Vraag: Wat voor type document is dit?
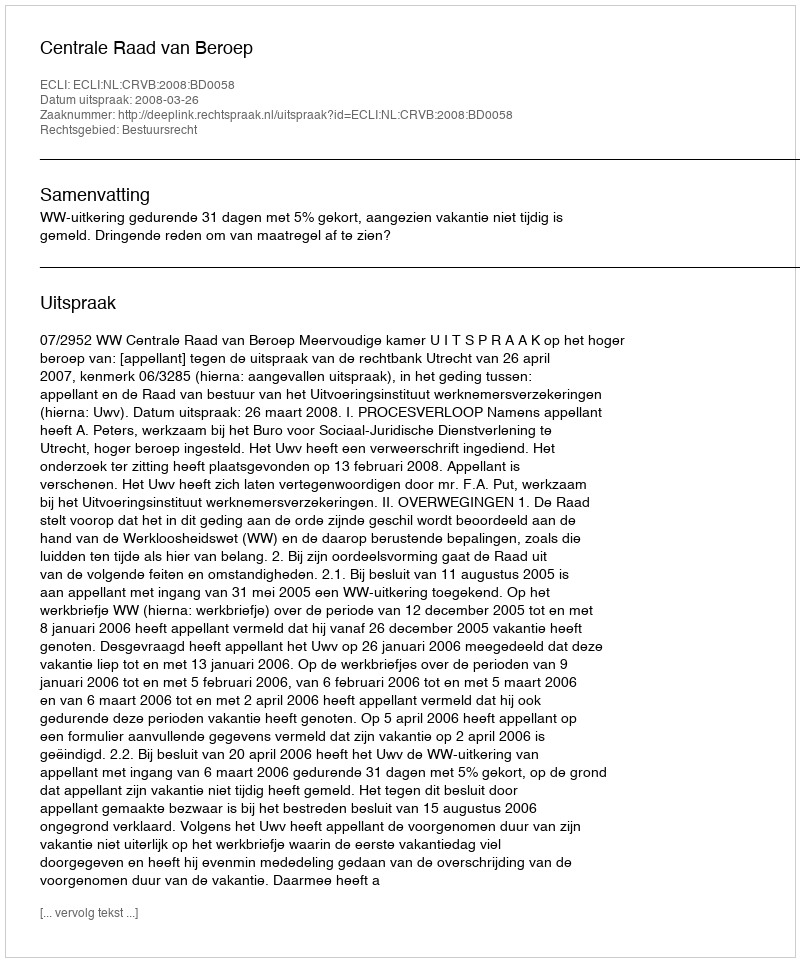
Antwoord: Uitspraak